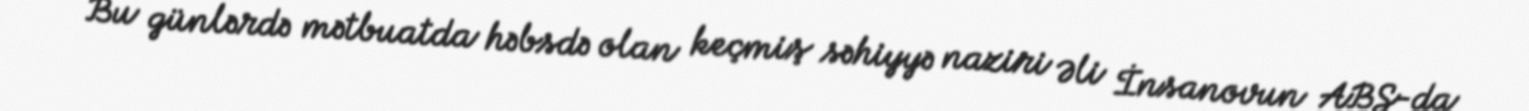
Bu günlərdə mətbuatda həbsdə olan keçmiş səhiyyə naziri Əli İnsanovun ABŞ-da